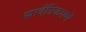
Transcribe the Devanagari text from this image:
सार्वत्रिकपणे